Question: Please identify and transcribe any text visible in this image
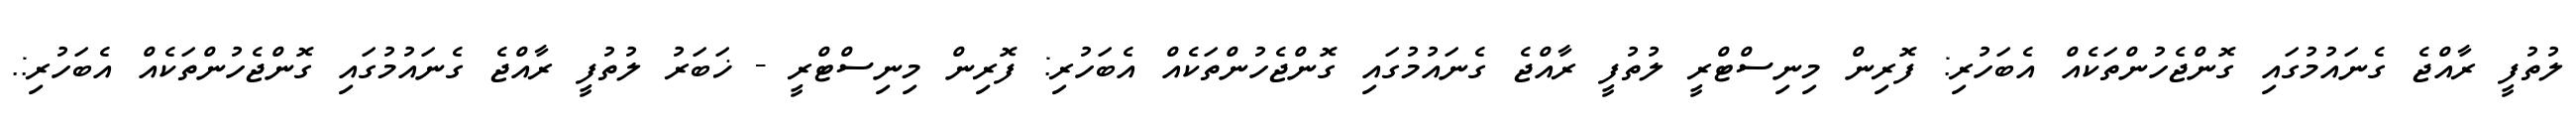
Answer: ލުތުފީ ރާއްޖެ ގެނައުމުގައި ގޮންޖެހުންތަކެއް އެބަހުރި: ފޮރިން މިނިސްޓްރީ ލުތުފީ ރާއްޖެ ގެނައުމުގައި ގޮންޖެހުންތަކެއް އެބަހުރި: ފޮރިން މިނިސްޓްރީ - ޚަބަރު ލުތުފީ ރާއްޖެ ގެނައުމުގައި ގޮންޖެހުންތަކެއް އެބަހުރި:.